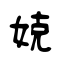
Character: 娔